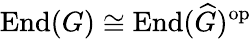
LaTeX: {\mathrm{End}}(G)\cong{\mathrm{End}}({\widehat{G}})^{\mathrm{op}}